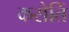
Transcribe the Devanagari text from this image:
करोतिं